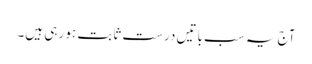
آج یہ سب باتیں درست ثابت ہو رہی ہیں۔